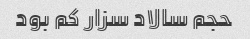
حجم سالاد سزار کم بود